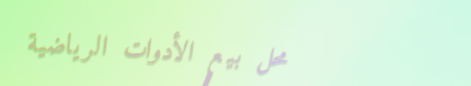
محل بيع الأدوات الرياضية